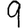
Digit: 9